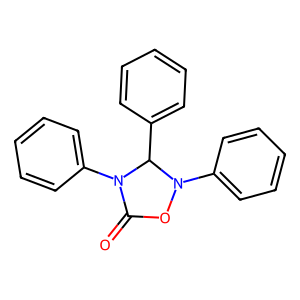
SMILES: O=C1ON(c2ccccc2)C(c2ccccc2)N1c1ccccc1
Inhibits HIV replication: No